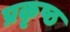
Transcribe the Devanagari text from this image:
प्रकृष्ठ